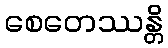
စေတေဿန္တိ